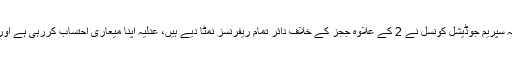
انہوں نے فخر کے ساتھ بار ایسوسی ایشن کو آگاہ کیا کہ سپریم جوڈیشل کونسل نے 2 کے علاوہ ججز کے خلاف دائر تمام ریفرنسز نمٹا دیے ہیں، عدلیہ اپنا میعاری احتساب کررہی ہے اور وکلا کو بھی چاہیے کہ اپنے معاملات درست رکھیں۔